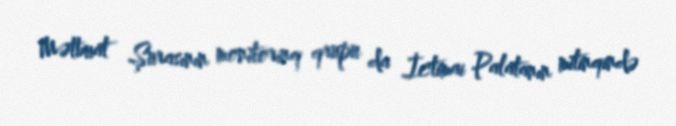
Mətbuat Şurasının monitorinq qrupu da İctimai Palatanın mitinqində